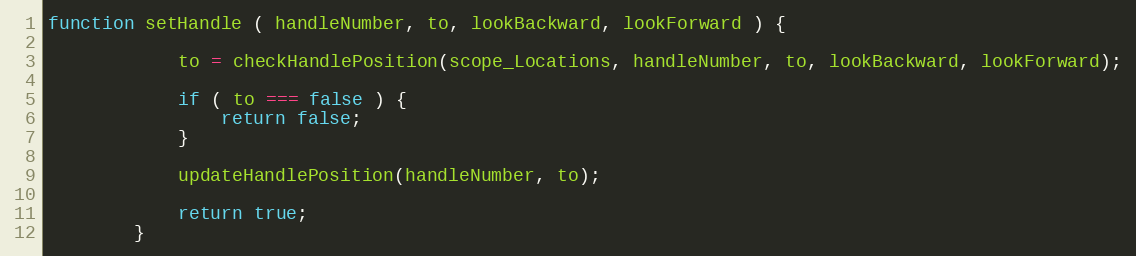
Language: JavaScript
function setHandle ( handleNumber, to, lookBackward, lookForward ) {

            to = checkHandlePosition(scope_Locations, handleNumber, to, lookBackward, lookForward);

            if ( to === false ) {
                return false;
            }

            updateHandlePosition(handleNumber, to);

            return true;
        }